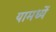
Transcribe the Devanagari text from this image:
यामध्यें